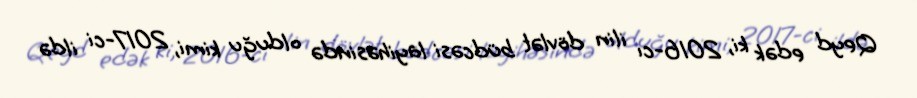
Qeyd edək ki, 2016-cı ilin dövlət büdcəsi layihəsində olduğu kimi, 2017-ci ildə